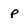
Character: P